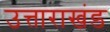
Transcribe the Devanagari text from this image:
उत्ताराखंड